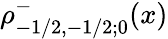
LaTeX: \rho_{-1/2,-1/2;0}^{-}(x)